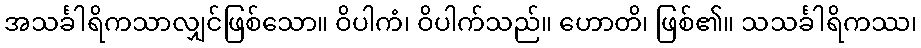
အသင်္ခါရိကသာလျှင်ဖြစ်သော။ ဝိပါကံ၊ ဝိပါက်သည်။ ဟောတိ၊ ဖြစ်၏။ သသင်္ခါရိကဿ၊